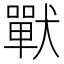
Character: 𰡧